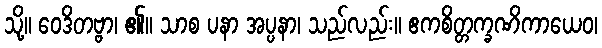
သို့။ ဝေဒိတဗ္ဗာ၊ ၏။ သာစ ပနာ အပ္ပနာ၊ သည်လည်း။ ဧကစိတ္တက္ခဏိကာယေဝ၊